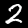
Label: 2